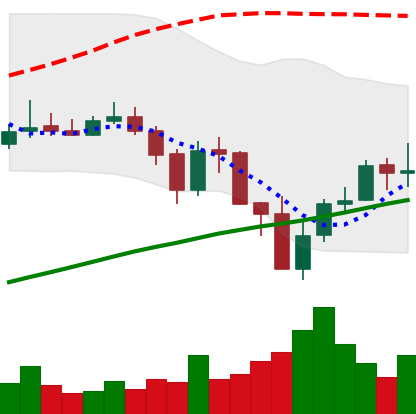
Ticker: BNB-USD
Chart end date: 2019-07-22
Forward return: -8.973%
Label: down_7plus